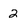
Character: 2